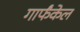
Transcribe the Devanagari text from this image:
गार्फंकेल